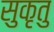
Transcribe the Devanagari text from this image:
सुकृतु